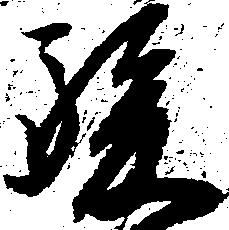
駿